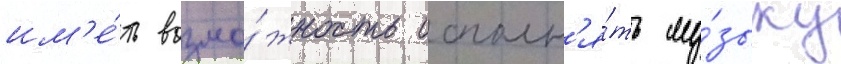
им'е́ть возмо́жность исполн'я́ть му́зыку